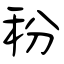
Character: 秎